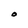
Character: O